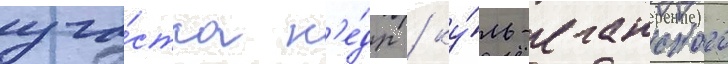
уча́стка н'е́др / ку́ль-еганского